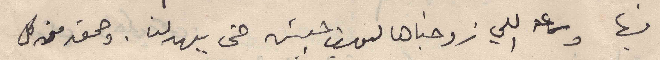
فيها وساعة اللي زوجناها ليوسف حبيش حتى يبهدلنا . وحمق من كل